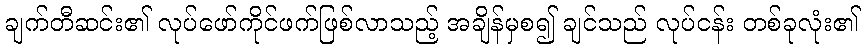
ချက်တီဆင်း၏ လုပ်ဖော်ကိုင်ဖက်ဖြစ်လာသည့် အချိန်မှစ၍ ချင်သည် လုပ်ငန်း တစ်ခုလုံး၏